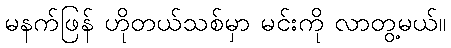
မနက်ဖြန် ဟိုတယ်သစ်မှာ မင်းကို လာတွ့မယ်။